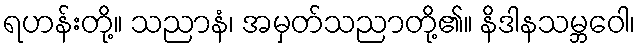
ရဟန်းတို့။ သညာနံ၊ အမှတ်သညာတို့၏။ နိဒါနသမ္ဘဝေါ၊